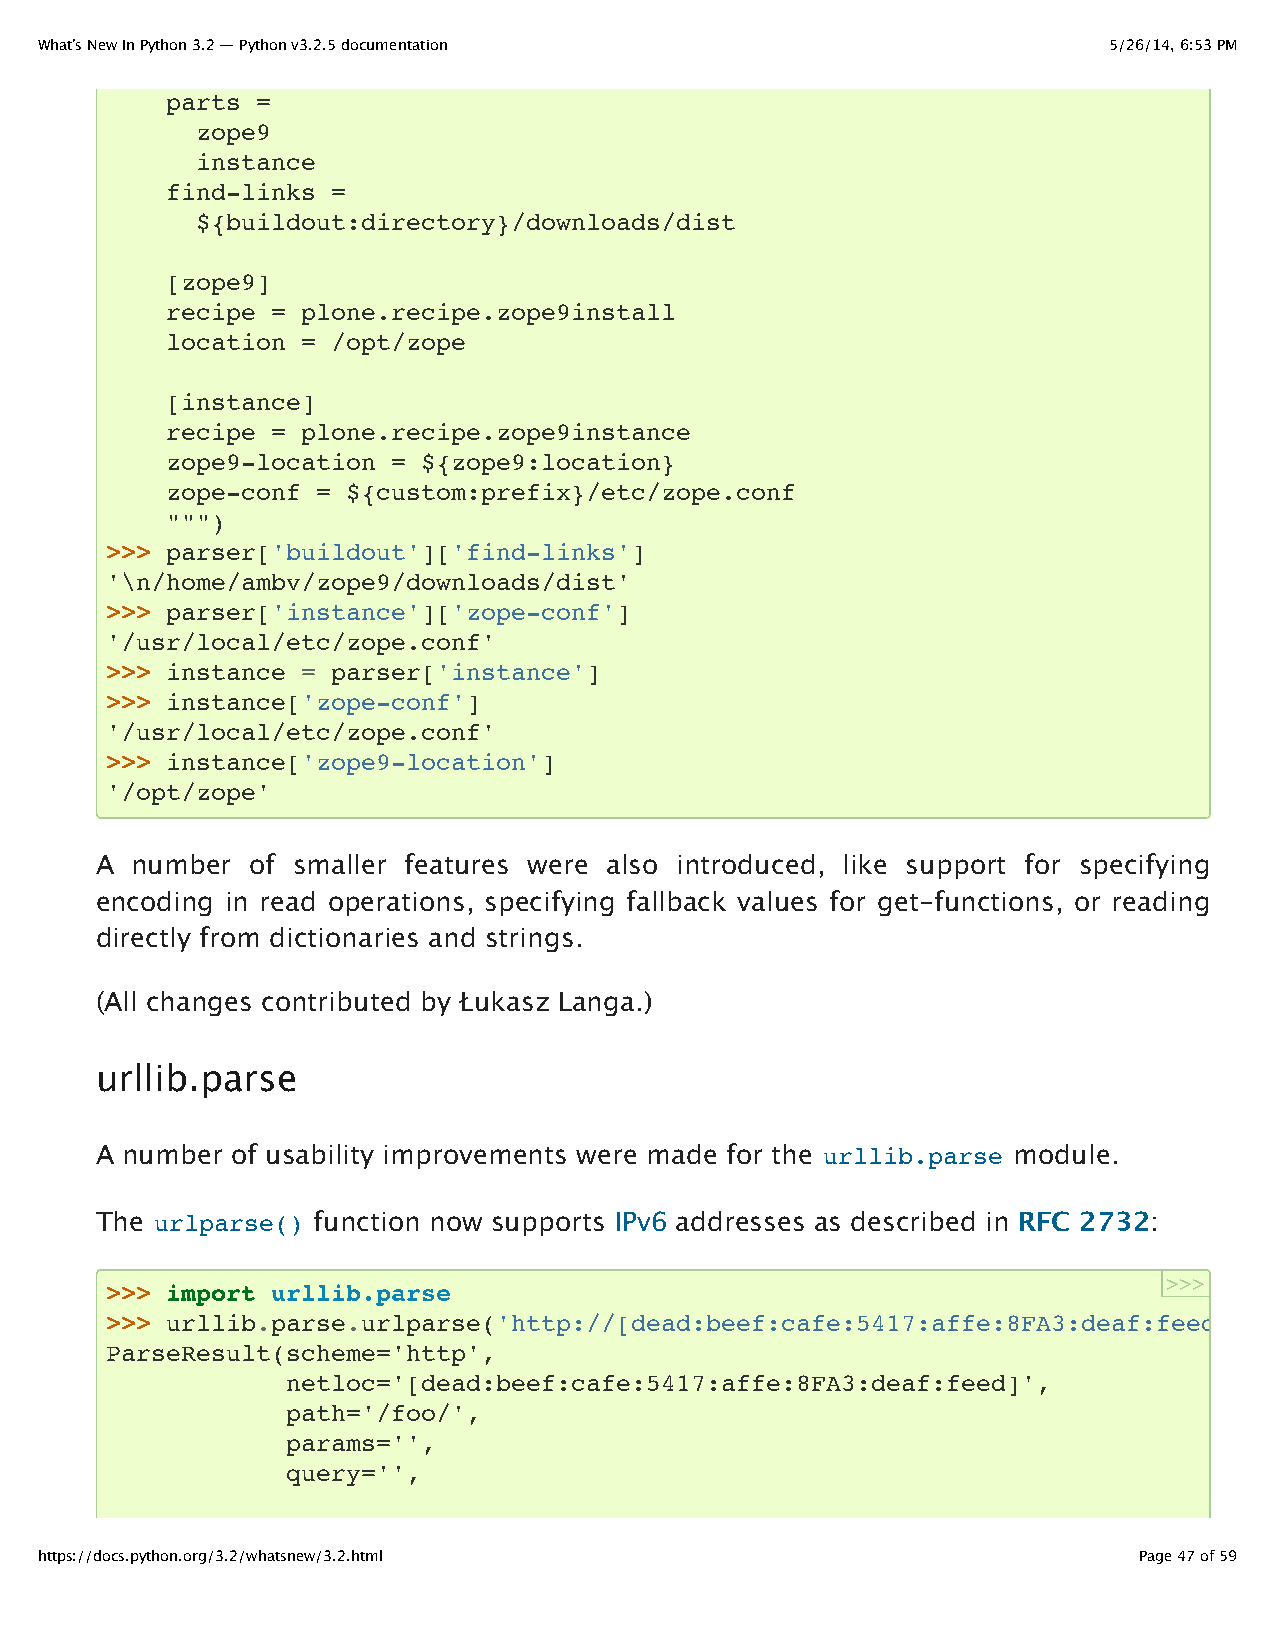
What’s New In Python 3.2 — Python v3.2.5 documentation                 5/26/14, 6:53 PM
 parts =
 zope9
 instance
 find-links =
 ${buildout:directory}/downloads/dist
 [zope9]
 recipe = plone.recipe.zope9install
 location = /opt/zope
 [instance]
 recipe = plone.recipe.zope9instance
 zope9-location = ${zope9:location}
 zope-conf = ${custom:prefix}/etc/zope.conf
 """)
 >>> parser['buildout']['find-links']
 '\n/home/ambv/zope9/downloads/dist'
 >>> parser['instance']['zope-conf']
 '/usr/local/etc/zope.conf'
 >>> instance = parser['instance']
 >>> instance['zope-conf']
 '/usr/local/etc/zope.conf'
 >>> instance['zope9-location']
 '/opt/zope'
 A  number  of smaller features were also introduced, like support for specifying
 encoding in read operations, specifying fallback values for get-functions, or reading
 directly from dictionaries and strings.
 (All changes contributed by Łukasz Langa.)
 urllib.parse
 A number of usability improvements were made for the urllib.parse module.
 The urlparse() function now supports IPv6 addresses as described in RFC 2732:
 >>>
 >>> import urllib.parse
 >>> urllib.parse.urlparse('http://[dead:beef:cafe:5417:affe:8FA3:deaf:feed]/foo/'
 ParseResult(scheme='http',
 netloc='[dead:beef:cafe:5417:affe:8FA3:deaf:feed]',
 path='/foo/',
 params='',
 query='',
 https://docs.python.org/3.2/whatsnew/3.2.html                            Page 47 of 59